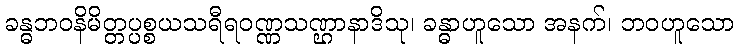
ခန္ဓဘဝနိမိတ္တပ္ပစ္စယသရီရဝဏ္ဏသဏ္ဌာနာဒိသု၊ ခန္ဓာဟူသော အနက်၊ ဘဝဟူသော